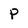
Character: P